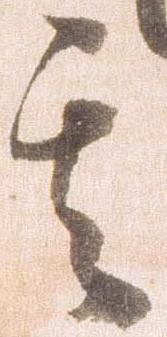
其